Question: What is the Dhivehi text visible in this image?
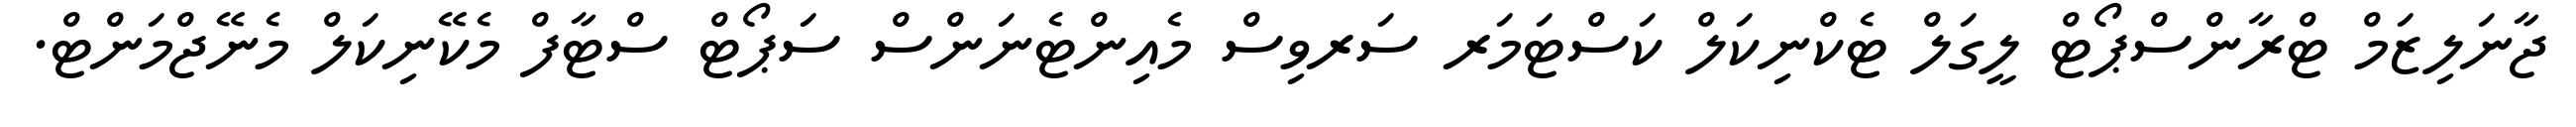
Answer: ޖާނަލިޒަމް ޓްރާންސްޕޯޓް ލީގަލް ޓެކްނިކަލް ކަސްޓަމަރ ސަރވިސް މެއިންޓެނަންސް ސަޕޯޓް ސްޓާފް މެކޭނިކަލް މެނޭޖްމަންޓް.